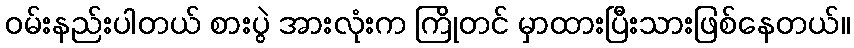
ဝမ်းနည်းပါတယ် စားပွဲ အားလုံးက ကြိုတင် မှာထားပြီးသားဖြစ်နေတယ်။